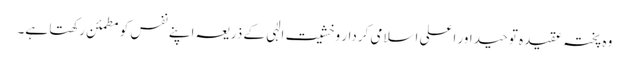
وہ پختہ عقیدہ توحید اور اعلی اسلامی کردار وخشیت الٰہی کے ذریعہ اپنے نفس کو مطمئن رکھتا ہے۔